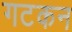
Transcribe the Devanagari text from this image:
गटकन